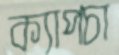
ক্যাপচা